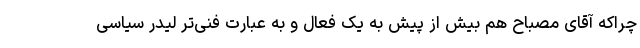
چراکه آقای مصباح هم بیش از پیش به یک فعال و به عبارت فنی‌تر لیدر سیاسی